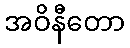
အဝိနီတော